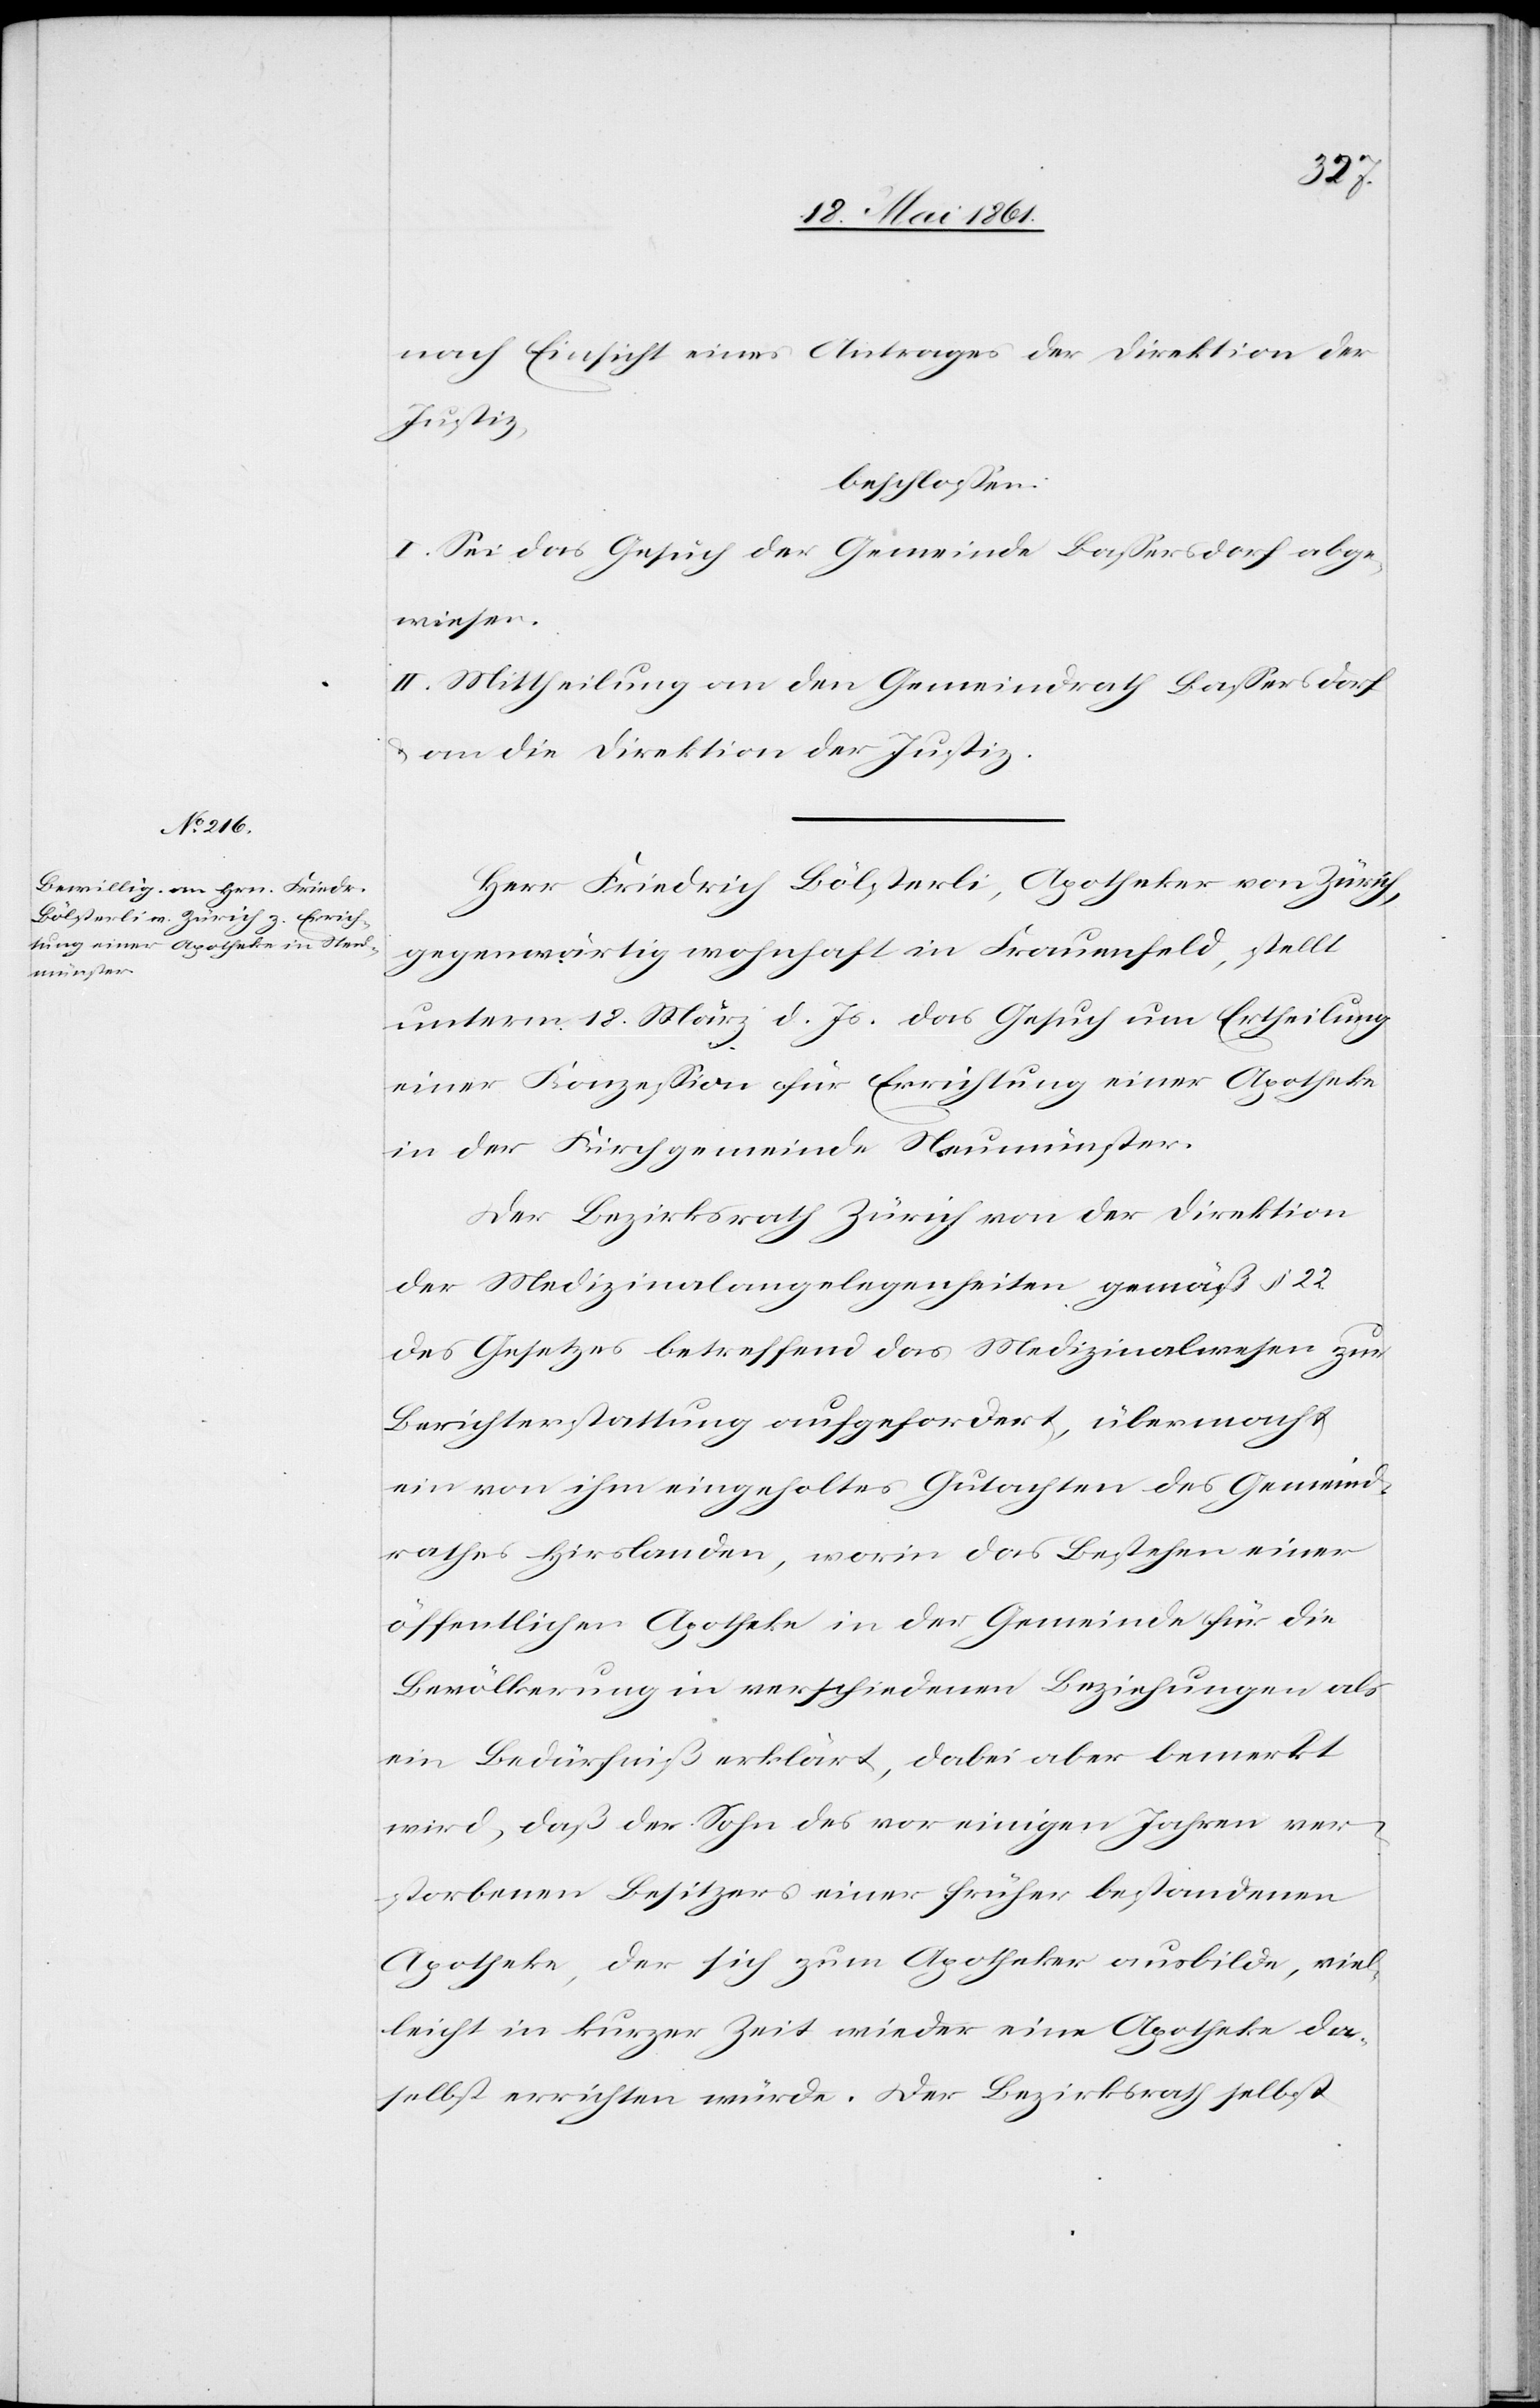
nach Einsicht eines Antrages der Direktion der
Justiz,
beschlossen:
I. Sei das Gesuch der Gemeinde Bassersdorf abge¬
wiesen.
II. Mittheilung an den Gemeindrath Bassersdorf
u. an die Direktion der Justiz.
Herr Friedrich Bölsterli, Apotheker von Zürich,
gegenwärtig wohnhaft in Frauenfeld, stellt
unterm 18. März d. Js. das Gesuch um Ertheilung
einer Konzession für Errichtung einer Apotheke
in der Kirchgemeinde Neumünster.
Der Bezirksrath Zürich von der Direktion
der Medizinalangelegenheiten gemäß § 22
des Gesetzes betreffend das Medizinalwesen zur
Berichterstattung aufgefordert, übermacht
ein von ihm eingeholtes Gutachten des Gemeind¬
rathes Hirslanden, worin das Bestehen einer
öffentlichen Apotheke in der Gemeinde für die
Bevölkerung in verschiedenen Beziehungen als
ein Bedürfniß erklärt, dabei aber bemerkt
wird, daß der Sohn des vor einigen Jahren ver¬
storbenen Besitzers einer früher bestandenen
Apotheke, der sich zum Apotheker ausbilde, viel¬
leicht in kurzer Zeit wieder eine Apotheke da¬
selbst errichten würde. Der Bezirksrath selbst